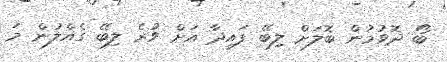
ބޯ ދޮވުމުން ބޮލަށް ލިބޭ ފައިދާ އަށް ވުރެ ލިބޭ ގެއްލުން މަ